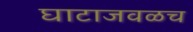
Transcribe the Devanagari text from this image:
घाटाजवळच